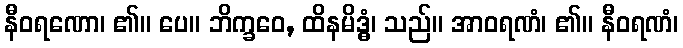
နီဝရဏော၊ ၏။ ပေ။ ဘိက္ခဝေ, ထိနမိဒ္ဓံ၊ သည်။ အာဝရဏံ၊ ၏။ နီဝရဏံ၊